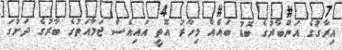
އިރާގުގެ އަންބާރުގެ ބޮޑު ބައެއް މިހާރު އޮތީ އައިއެސް ޖަމާއަތުގެ ބާރުގެ ދަށުގަ